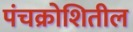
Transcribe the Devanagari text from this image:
पंचक्रोशितील